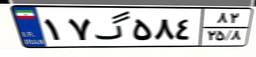
۲۰گ۳۶۹۱۶